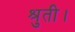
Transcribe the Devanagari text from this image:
श्रुती।